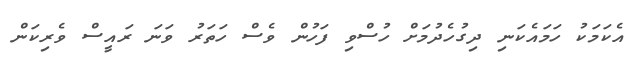
އެކަމަކު ހަމައެކަނި ދިގުހެދުމަށް ހުސްވި ފަހުން ވެސް ހަތަރު ވަނަ ރައީސް ވެރިކަން